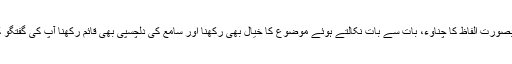
برجستگی خوبصورت الفاظ کا چناوء، بات سے بات نکالتے ہوئے موضوع کا خیال بھی رکھنا اور سامع کی دلچسپی بھی قائم رکھنا آپ کی گفتگو کا خاصہ ہے۔